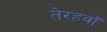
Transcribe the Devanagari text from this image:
तेरहवॉं